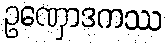
ဥဏှောဒကဿ